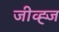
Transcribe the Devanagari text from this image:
जीव्ह्ज